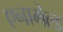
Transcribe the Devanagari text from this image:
एनामेल्ड